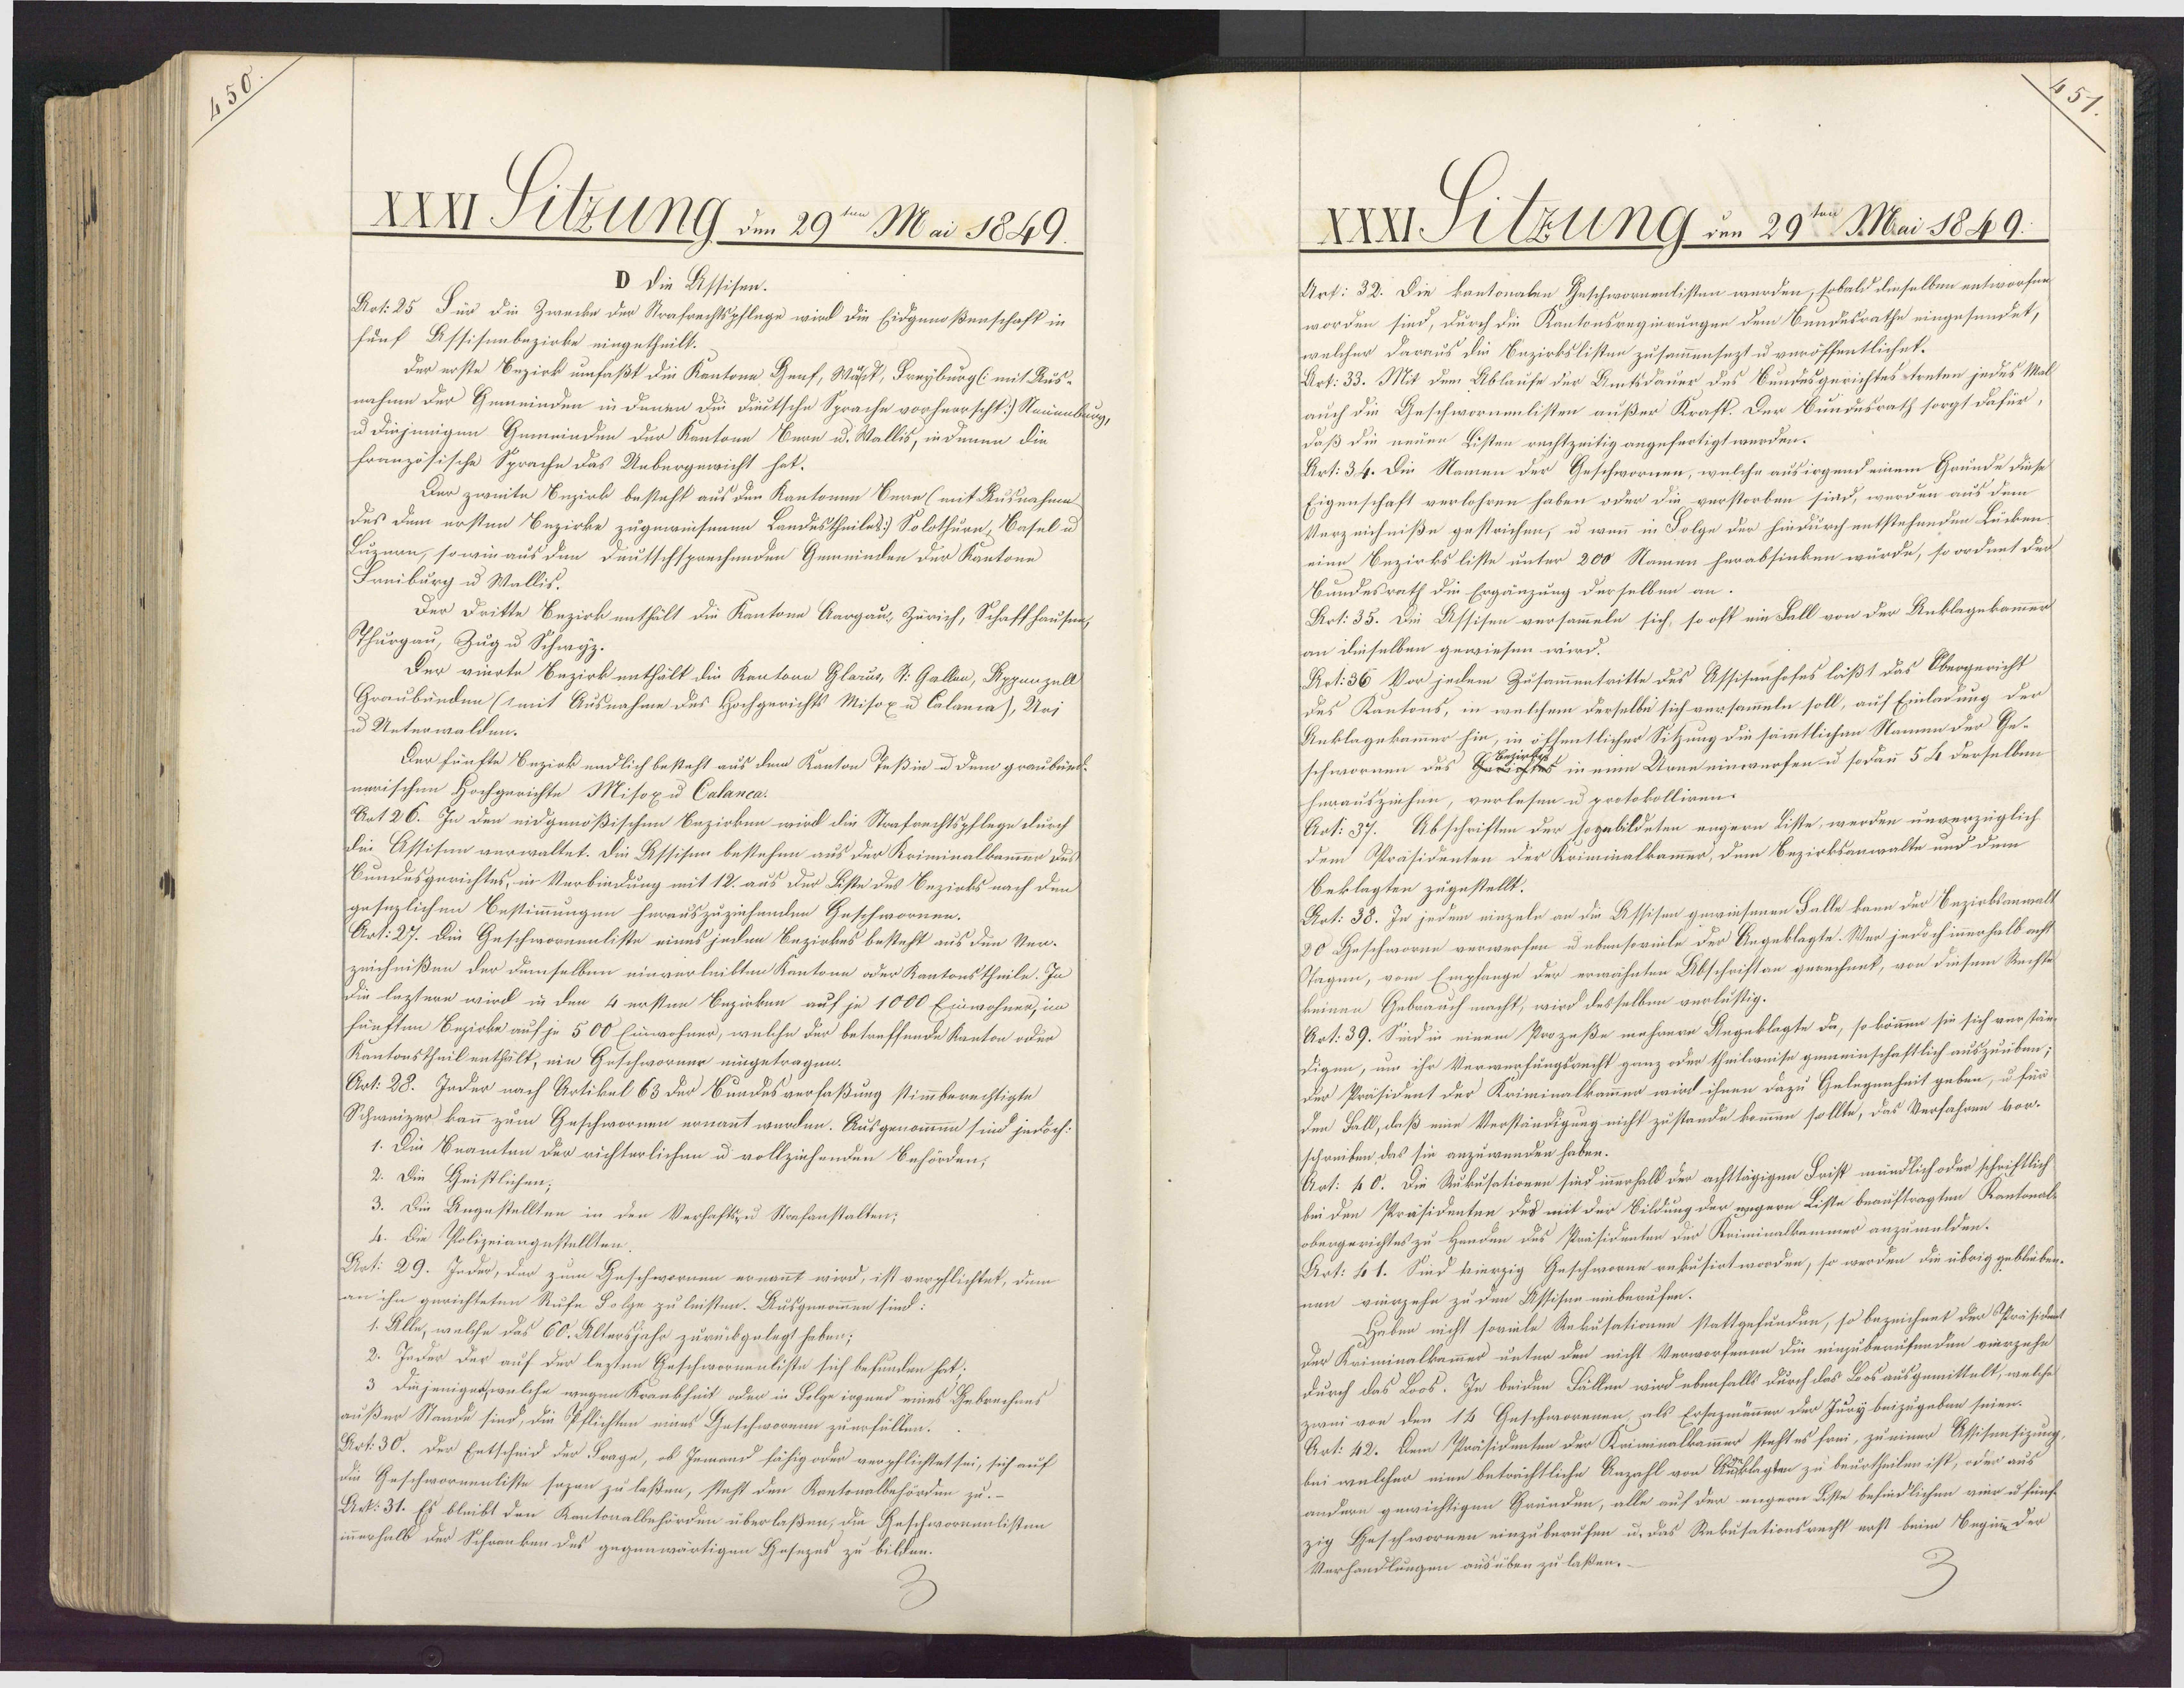
XXXI Sitzung den 29ten Mai 1849.
D Die Assisen.
Art: 25 Für die Zwecke der Strafrechtspflege wird die Eidgenoßenschaft in
fünf Assisenbezirke eingetheilt.
der erste Bezirk umfaßt die Kantone Genf, Wädk, Freyburg mit Aus¬
nahme der Gemeinden in denen die Dieeutsche Sprache vorherrschl:) Neuenburg,
u diejenigen Gemeinden der Kantone Bere u. Wallis, in denen die
französische Sprache das Uebergewicht hat.
Der zweite Bezirk besteht aus den Kantonen Bere (mit Ausnahme
des dem ersten Bezirke zugeweisenen Landestheiles) Solothurn, Basel u
Luzern, so wie aus den deutschsprechenden Gemeinden der Kantone
Freiburg u Wallis.
Der Dritte Bezirk enthält die Kantone Aargau, Zürich, Schaffhausen
Thurgau, Zug u Schwyz.
Der vierte Bezirk enthält die Kentone Blarus, St. Gallen, Appenzell
Graubünden (1mit Ausnahme des Hochgerichts Misox u Calania), Uri¬
u Unterwalden.
Der fünfte Bezirk endlich besteht aus dem Kanton Peßin u dem graubüed¬
narischen Hochgerichte Misox u Calanca.
Aat 26. In den eidgenößischen Bezirken wird die Strafrechtspflege durch
die Assisen verwaltet. Die Assisen bestehen aus der Kriminalkammen des
Bundesgerichtes, in Verbindung mit 12. aus der Liste des Bezirks nach den
gesezlichen Bestimmungen herauszuziehenden Geschwornen.
Art: 27. Die Geschwornenliste eines jeden Bezirkes besteht aus den Ver¬
zeichnißen der demselben einverleibten Kantone oder Kantonstheile. In
Die leztere wird in den 4 ersten Bezirken auf je 1000 Einwohner, im
fünften Bezirke auf je 500 Einwohner, welche der betreffende Kanton oder
Kantonstheil enthält, ein Geschworner eingetragen.
Art: 28. Jnder nach Artikel 63 der Bundesverfaßung stimmberechtigte
Schweizer kann zum Geschwornen ernannt werden. Ausgenommen sind jedoch-
1. Die Beamten der richterlichen u vollziehenden Behörden,
2. Die Geistlichen;
3. Die Angestellten in den Verhaftszu Strafanstalten;
4. Die Polizeiangestellten.
Art: 29. Jeder, der zum Geschwornen ernannt wird, ist verpflichtet, dem
an ihn gerichteten Rufe Folge zu leisten. Ausgenommen sind:
1. Alle, welche das 60. Altersjahr zurückgelegt haben;
2. Jeder der auf der lezten Geschwornenliste sich befunden hat;
3 Diejeniges welche wegen Krankheit oder in Folge irgend eines Gebrechens
außer Staade sind, die Pflichten eines Geschworenn zuerfüllen.
Art. 30. Der Entscheid der Frage, ob Jemand fähig oder verpflichtet sei, sich auf
die Geschwornenliste sazen zu laßen, steht den Kantonalbehörden zu.-
Art. 31. Es bleibt den Kantonalbehörden überlaßen, die Geschwormenlisten
innerhalb der Schranken des gegenwärtigen Josezes zu bilden.

XXXI Stzung um 29ten Mai 1849.
Art: 32. Die kantonalen Geschwornenlisten werden, sobald dieselben entworfen
worden sind, durch die Kantonsregierungen dem Bundesrathe eingesundet,
welcher daraus die Bezirkslisten zusammensezt u veröffentlichet.
Art. 33. Mit dem Ablaufe der Amtsdauer des Bundesgerichtes treten jedes Mall
auch die Geschwormenlisten außer Kraft. Der Bundusrath sorgt dafür,
daß die neuen Listen rechtzeitig angefertigt werden.
Art: 34. Die Namen der Geschwornen, welche ausirgend einem Grunde diese
Eigenschaft verlohren haben oder die verstorben sind, werden aus dem
Verzeichniße gestrichen, u wenn in Folge der hindurch entstehenden Lücken
eine Bezirksliste unter 200 Namen herabsinken würde, so ordnet der
Bundesrath die Ergänzung derselben an.
Art: 35. Die Assisen versammeln sich, so oft ein Fall von der Anklagekammer
an dieselben gewiesen wird.
Rrt. 36 Vor jedem Zusammentritte des Assisenhofes läßt das Obergericht
des Kantons, in welchem derselbe sich versammeln soll, auf Einladung der
Anklagekammer hin, in öffentlicher Sitzung die sämmtlichen Namen der Ge¬
schwornen des Hs in eine Urne einwerfen u sodann 5 S derselben
herausziehen, verlesen u protokolliren.
Art: 37. Abschriften der Jogabildeten engern Liste, werden unverzüglich
dem Präsidenten der Kriminalkammer, dem Bezirksanwalte und dem
Beklagten zugestellt.
Aot: 38. In jedem einzeln an die Assisen gewiesenen Falle kann der Bezirksanwalt
80 Geschworne verwerfen u ebensoviile der Angeklagte. Wer jedoch innerhalb acht
Ttagen, vom Empfange der erwähnten Abschriftan gerechnet, von diesem Rechte
keinen Gebrauch macht, wird desselben verlustig.
Art. 39. Sind in einem Prozeße mehrere Angeklagte da, so kömmen sie sich verstän-
digen, um ihr Verwerfungsrecht ganz oder theilweise gemeinschaftlich auszuüben;
der Präsident der Kriminalkammer wird ihnen dazu Gelegenheit geben, u für
den Fall, daß eine Verständigung nicht zustande kommen sollte, das Verfahren vor¬
schreiben das sie anzuwenden haben.
Art: k0. Die Rukusationen sind innerhalb der achttägigen Frist mändlich oder schriftlich
bei den Präsidenten des mit der Bildung der wegern Liste beauftragten Kantonal-
obergerichtes zu Handen des Präsidenten der Reiminalkemmer anzumalden.
Art: 41. Sind vierzig Geschworne rekusirt worden, so werden die übrig geblieben.
nen vierzehn zu den Assisen einberufen.
Haben nicht soviele Rekusationen stattgefunden, so bezeichnet der Präsideit
Der Kriminalkammes unter den nicht Verworfenen die einzuberufenden vierzehn
durch das Loos. In beiden Fällen wird ebenfalls durch das Los ausgemittelt, welche
zwei von den 14 Geschworenen, als Ersazmänner der Jury beizugeben seien.
Art: 42. Dem Präsidenten der Kriminalkammer stehtes frei, zu einer Assisensizung,
bei welcher eine beträchtliche Anzahl von Auklagten zu beurtheilen ist, oder aus
andern gewichtigen Gränden, alle auf der engern Liste befindlichen vier u fünf
zig Geschwornen einzuberufen u. das Rekusationsrecht erst beim Beginn der
Verhandlungen ausüben zu laßen.
3